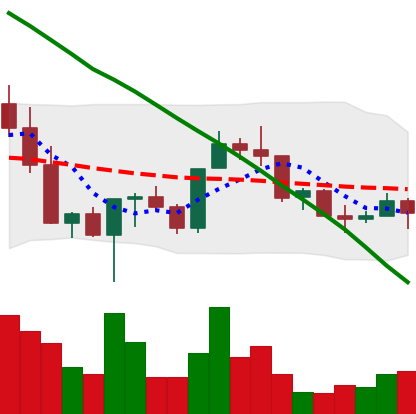
Ticker: NEO-USD
Chart end date: 2022-03-10
Forward return: -5.618%
Label: down_5_7